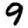
Digit: 9